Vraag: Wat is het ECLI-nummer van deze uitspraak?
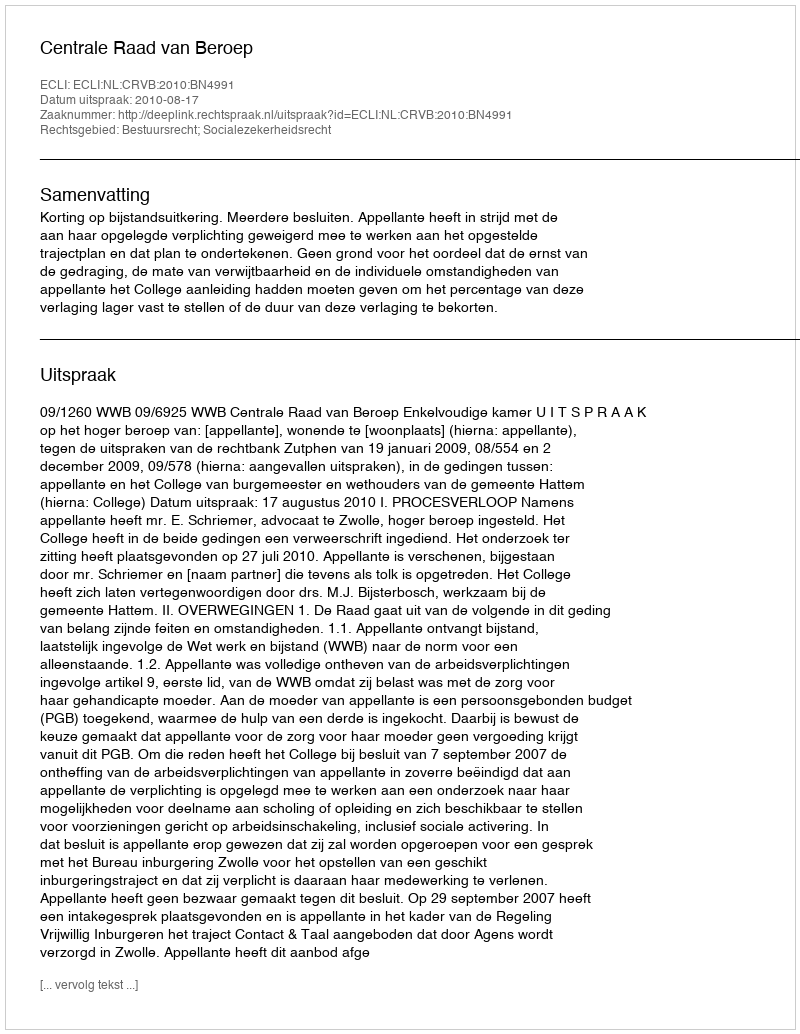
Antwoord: ECLI:NL:CRVB:2010:BN4991